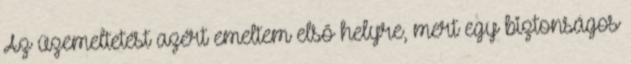
Az üzemeltetést azért emeltem első helyre, mert egy biztonságos